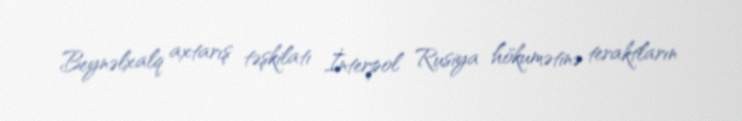
Beynəlxalq axtarış təşkilatı İnterpol Rusiya hökumətinə teraktların